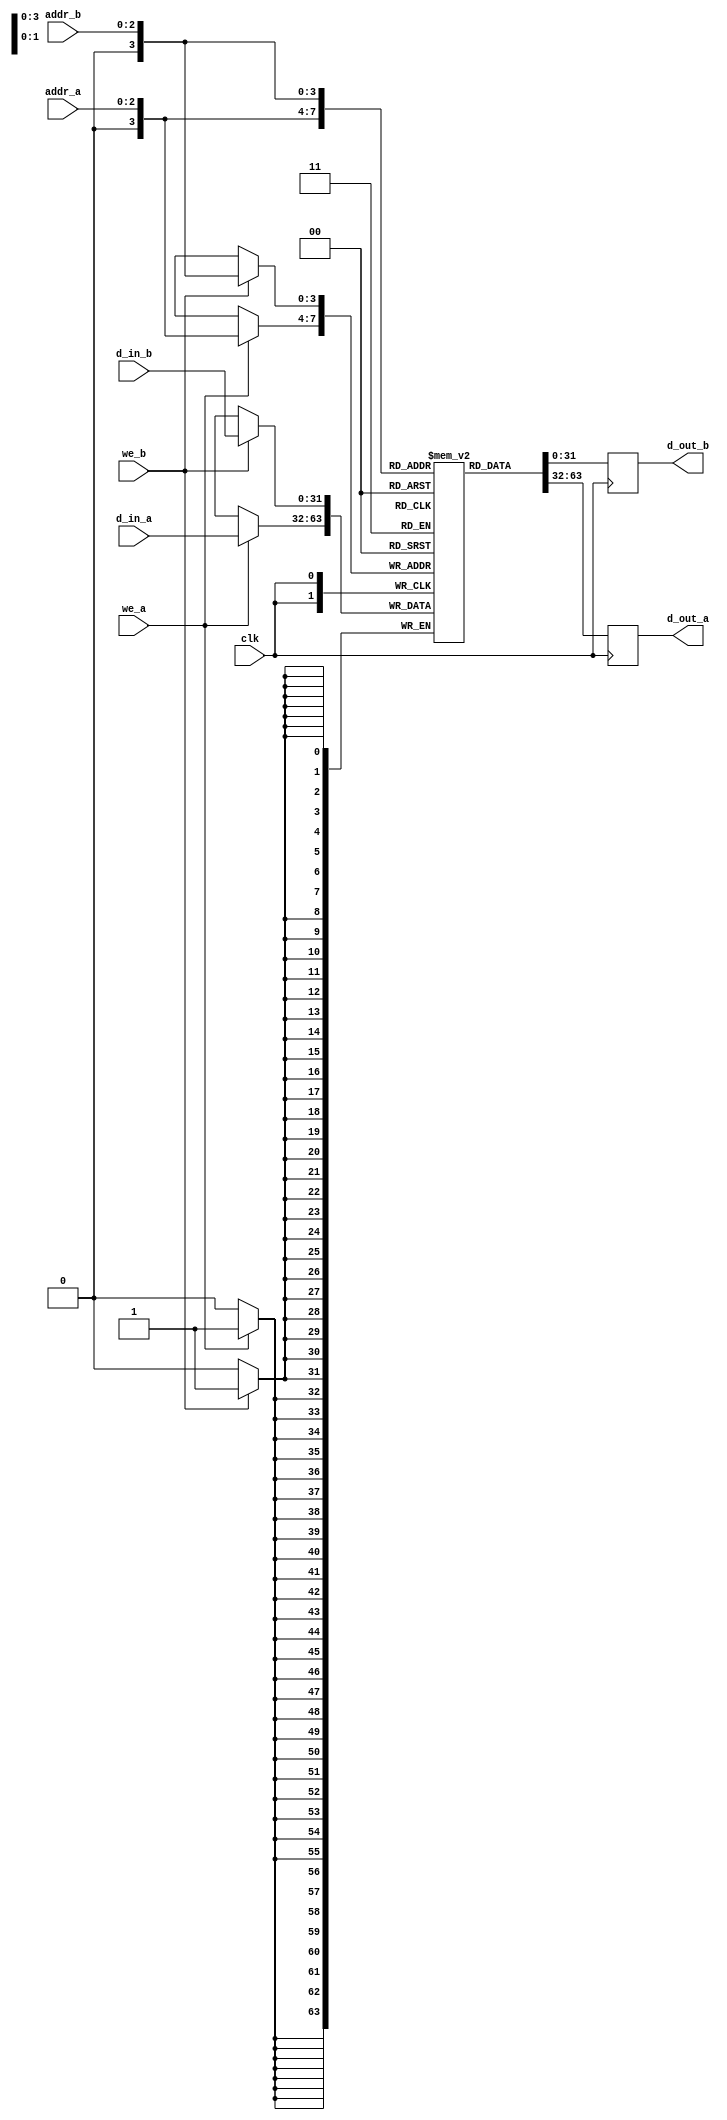
module dpr#(parameter biti = 32)(
    input clk, we_a, we_b,
    input[2:0] addr_a, addr_b,
    input[biti-1:0] d_in_a, d_in_b,
    output[biti-1:0] d_out_a, d_out_b
    );
    reg d_out_a, d_out_b;
    reg[biti-1:0] ram_vec[15:0];
    reg[2:0] read_addr_a, read_addr_b;
    
    always@(posedge clk)
    begin
        if (we_a)
            ram_vec[addr_a] <= d_in_a;
        d_out_a <= ram_vec[addr_a];
    end
    
    always@(posedge clk)
    begin
        if (we_b)
            ram_vec[addr_b] <= d_in_b;
        d_out_b <= ram_vec[addr_b];
    end
endmodule